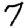
Digit: 7